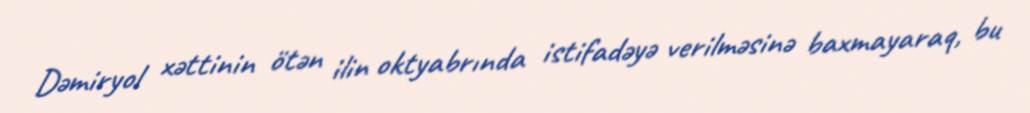
Dəmiryol xəttinin ötən ilin oktyabrında istifadəyə verilməsinə baxmayaraq, bu